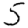
Digit: 5